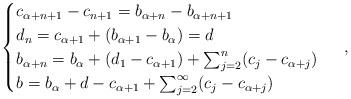
LaTeX: \begin{align*}\begin{cases}c_{\alpha + n +1} - c_{n+1} = b_{\alpha + n} - b_{\alpha + n +1} \\d_n = c_{\alpha + 1} + (b_{\alpha + 1} - b_\alpha) = d \\b_{\alpha + n} = b_\alpha + (d_1 - c_{\alpha+1}) + \sum_{j=2}^n (c_j - c_{\alpha + j}) \\b = b_\alpha + d - c_{\alpha + 1} + \sum_{j=2}^\infty (c_j - c_{\alpha+j})\end{cases} \ ,\end{align*}